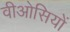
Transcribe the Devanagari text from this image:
वीओसियों